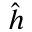
\hat { h }